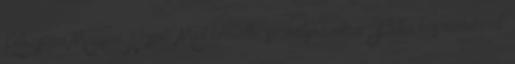
Kolozsvári Magyar Napok. Mint kiemelte, szabályozzák a Főtér használatának